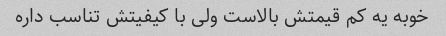
خوبه یه کم قیمتش بالاست ولی با کیفیتش تناسب داره